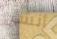
أنشئ